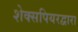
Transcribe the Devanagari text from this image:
शेक्सपियरद्वारा